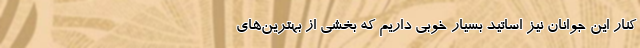
کنار این جوانان نیز اساتید بسیار خوبی داریم که بخشی از بهترین‌های